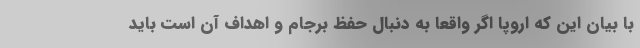
با بیان این که اروپا اگر واقعا به دنبال حفظ برجام و اهداف آن است باید